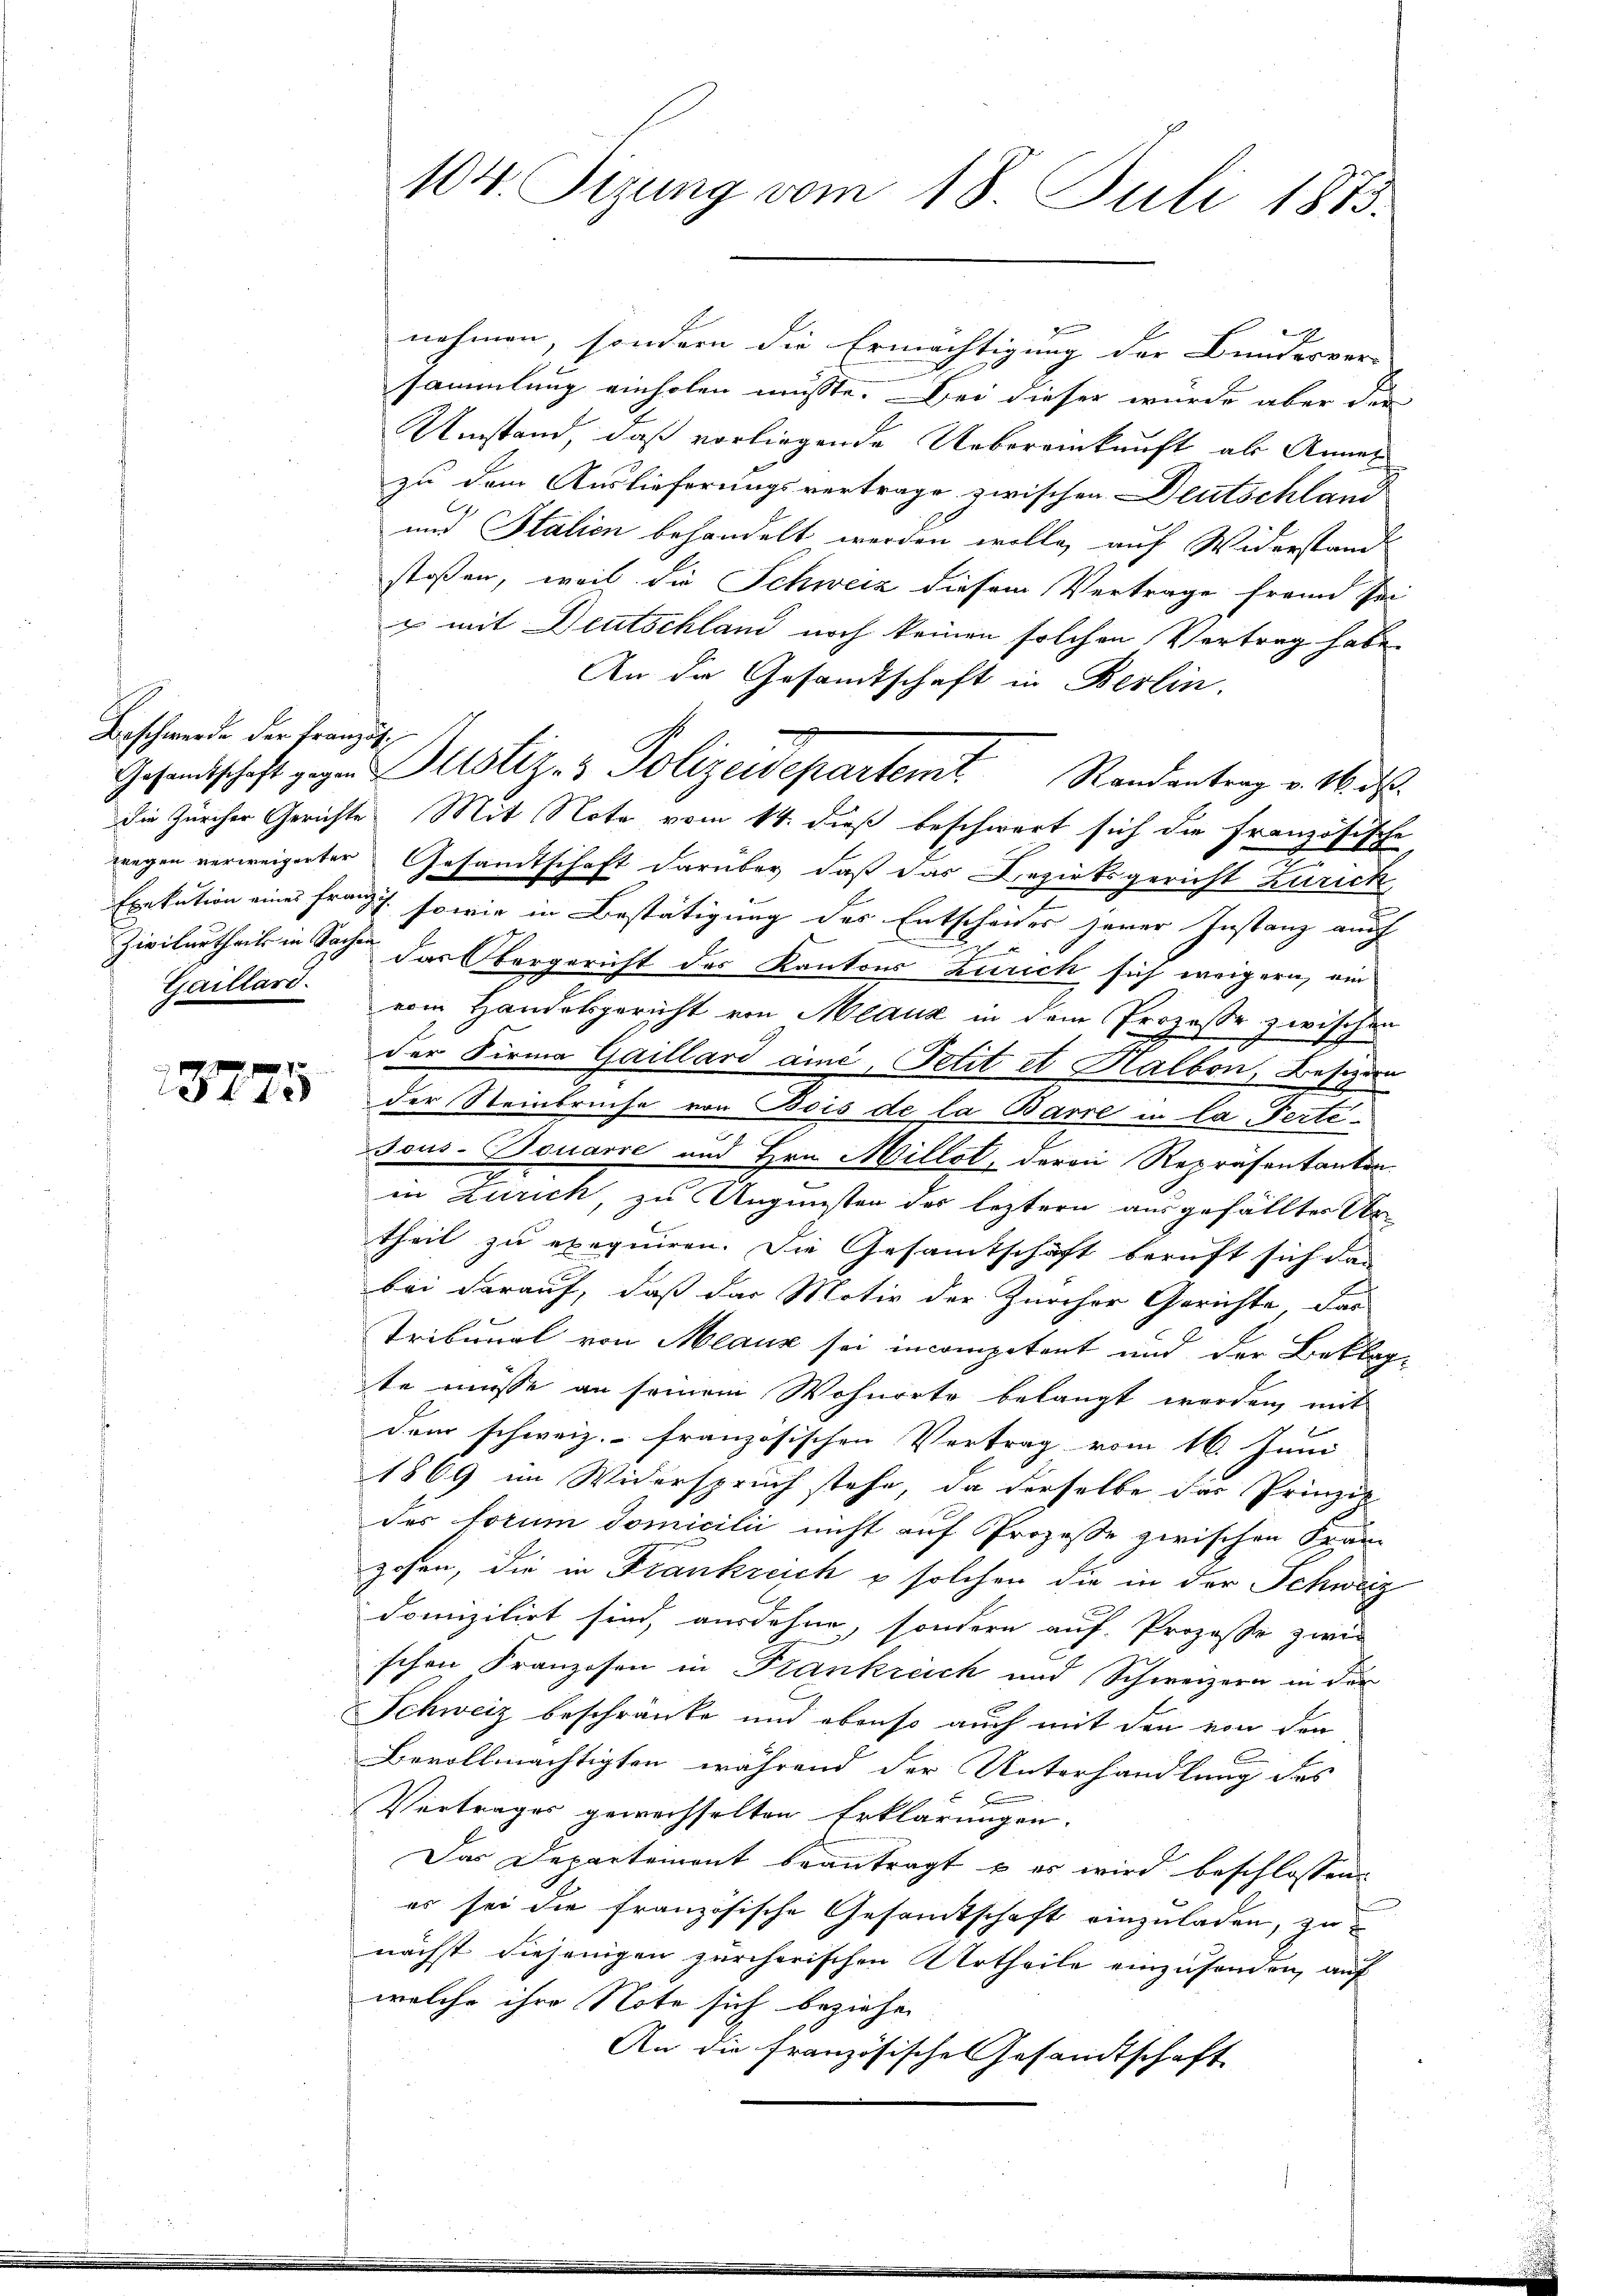
Beschwerde der Französ¬
Gaillard.

nehmen, sondern die Ermächtigung der Bundesvor-
sammlung einholen müsste. Bei dieser wurde aber der
Umstand, daß vorliegende Uebereinkunft als Annel
zu dem Auslieferungsvertrage zwischen Deutschland
und Italien behandelt werden wolle, auf Widerstande
stoßen, weil die Schweiz diesem Vertrage frann sei
u mit Deutschland noch keinen solchen Vortrag habe.
An die Gesandtschaft in Berlin.
die Zürcher Gerichte Mit Note vom 14. dieß beschwert sich die französische
wegen verweigerter Gesandtschaft darüber, daß das Bezirksgericht Zürich
Exekution eines Franz sowie in Bestätigung des Entscheides jener Instanz auch
x
Zivilurtheils in Sachen das Obergericht des Kantons Zürich sich weigern, ein
vom Handelsgericht von Meaux in dem Prozesse zwischen
der Firma Gaillard aine, Petit et Halbon, Besitzern
 der Steinbruche von Bois de la Barre in la Ferti¬
Tous-Bouarre und Hrn. Millst, deren Repräsentanten.
in Zürich, zu Ungunsten des leztern ausgefällten Urtheil zu exequiren. Die Gesamtschaft beruft sich dan
bei darauf, daß das Motiv der Zürcher Gerichte dar
Tribunal von Meaux sei incompetent und der Beklagte müsse an seinem Wohnorte belangt werden, mit
dem schweiz.- französischen Vertrag vom 16. Juni
1869 im Widerspruch stehe, da derselbe das Prinzie
des forum domicilii nicht auf Prozesse zwischen Franz
gehen, die in Frankreich u solchen die in der Schweiz
domizilirt sind, ausdehne, sondern auf Prozeße zwei
schen Franzosen in Frankreich und Schweizern in der
Schweiz beschränke und obenso auch mit den von den
Bevollmächtigten, während der Unterhandlung des
Vertrages gewechselten Erklärungen.
Das Departement beantragt u es wird beschlossen
es sei die französische Gesamtschaft einzuladen, zu
nächst diejenigen zürcherischen Urtheile einzusenden, auf
welche ihre Note sich beziehen
An die französische Gesamtschaft

104. Sizung vom 18. Juli 1873.

Gesandtschaft gegen ustiz- & Polizeidepartemt Randantrag v. M. D.